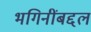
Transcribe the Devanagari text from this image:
भगिनींबद्दल